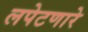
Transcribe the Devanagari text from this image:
लपेटणारे